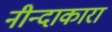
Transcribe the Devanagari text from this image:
नीन्दाकारा